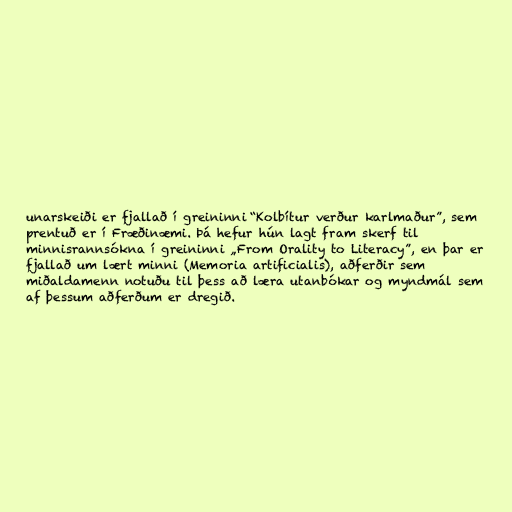
unarskeiði er fjallað í greininni “Kolbítur verður karlmaður”, sem
prentuð er í Fræðinæmi. Þá hefur hún lagt fram skerf til
minnisrannsókna í greininni „From Orality to Literacy”, en þar er
fjallað um lært minni (Memoria artificialis), aðferðir sem
miðaldamenn notuðu til þess að læra utanbókar og myndmál sem
af þessum aðferðum er dregið.